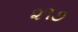
૨૧૭